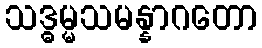
သဒ္ဓမ္မသမန္နာဂတော